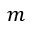
m